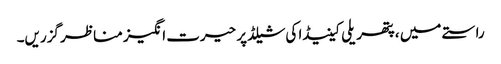
راستے میں ، پتھریلی کینیڈا کی شیلڈ پر حیرت انگیز مناظر گزریں۔